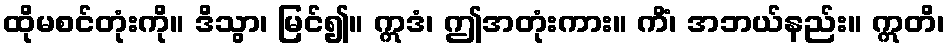
ထိုမစင်တုံးကို။ ဒိသွာ၊ မြင်၍။ ဣဒံ၊ ဤအတုံးကား။ ကိံ၊ အဘယ်နည်း။ ဣတိ၊